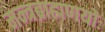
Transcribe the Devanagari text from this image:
मन्त्रब्राह्मणयोः